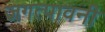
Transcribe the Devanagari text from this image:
जगत्पावनी